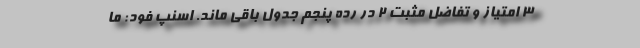
۳ امتیاز و تفاضل مثبت ۲ در رده پنجم جدول باقی ماند. اسنپ فود: ما